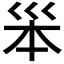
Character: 𡿶